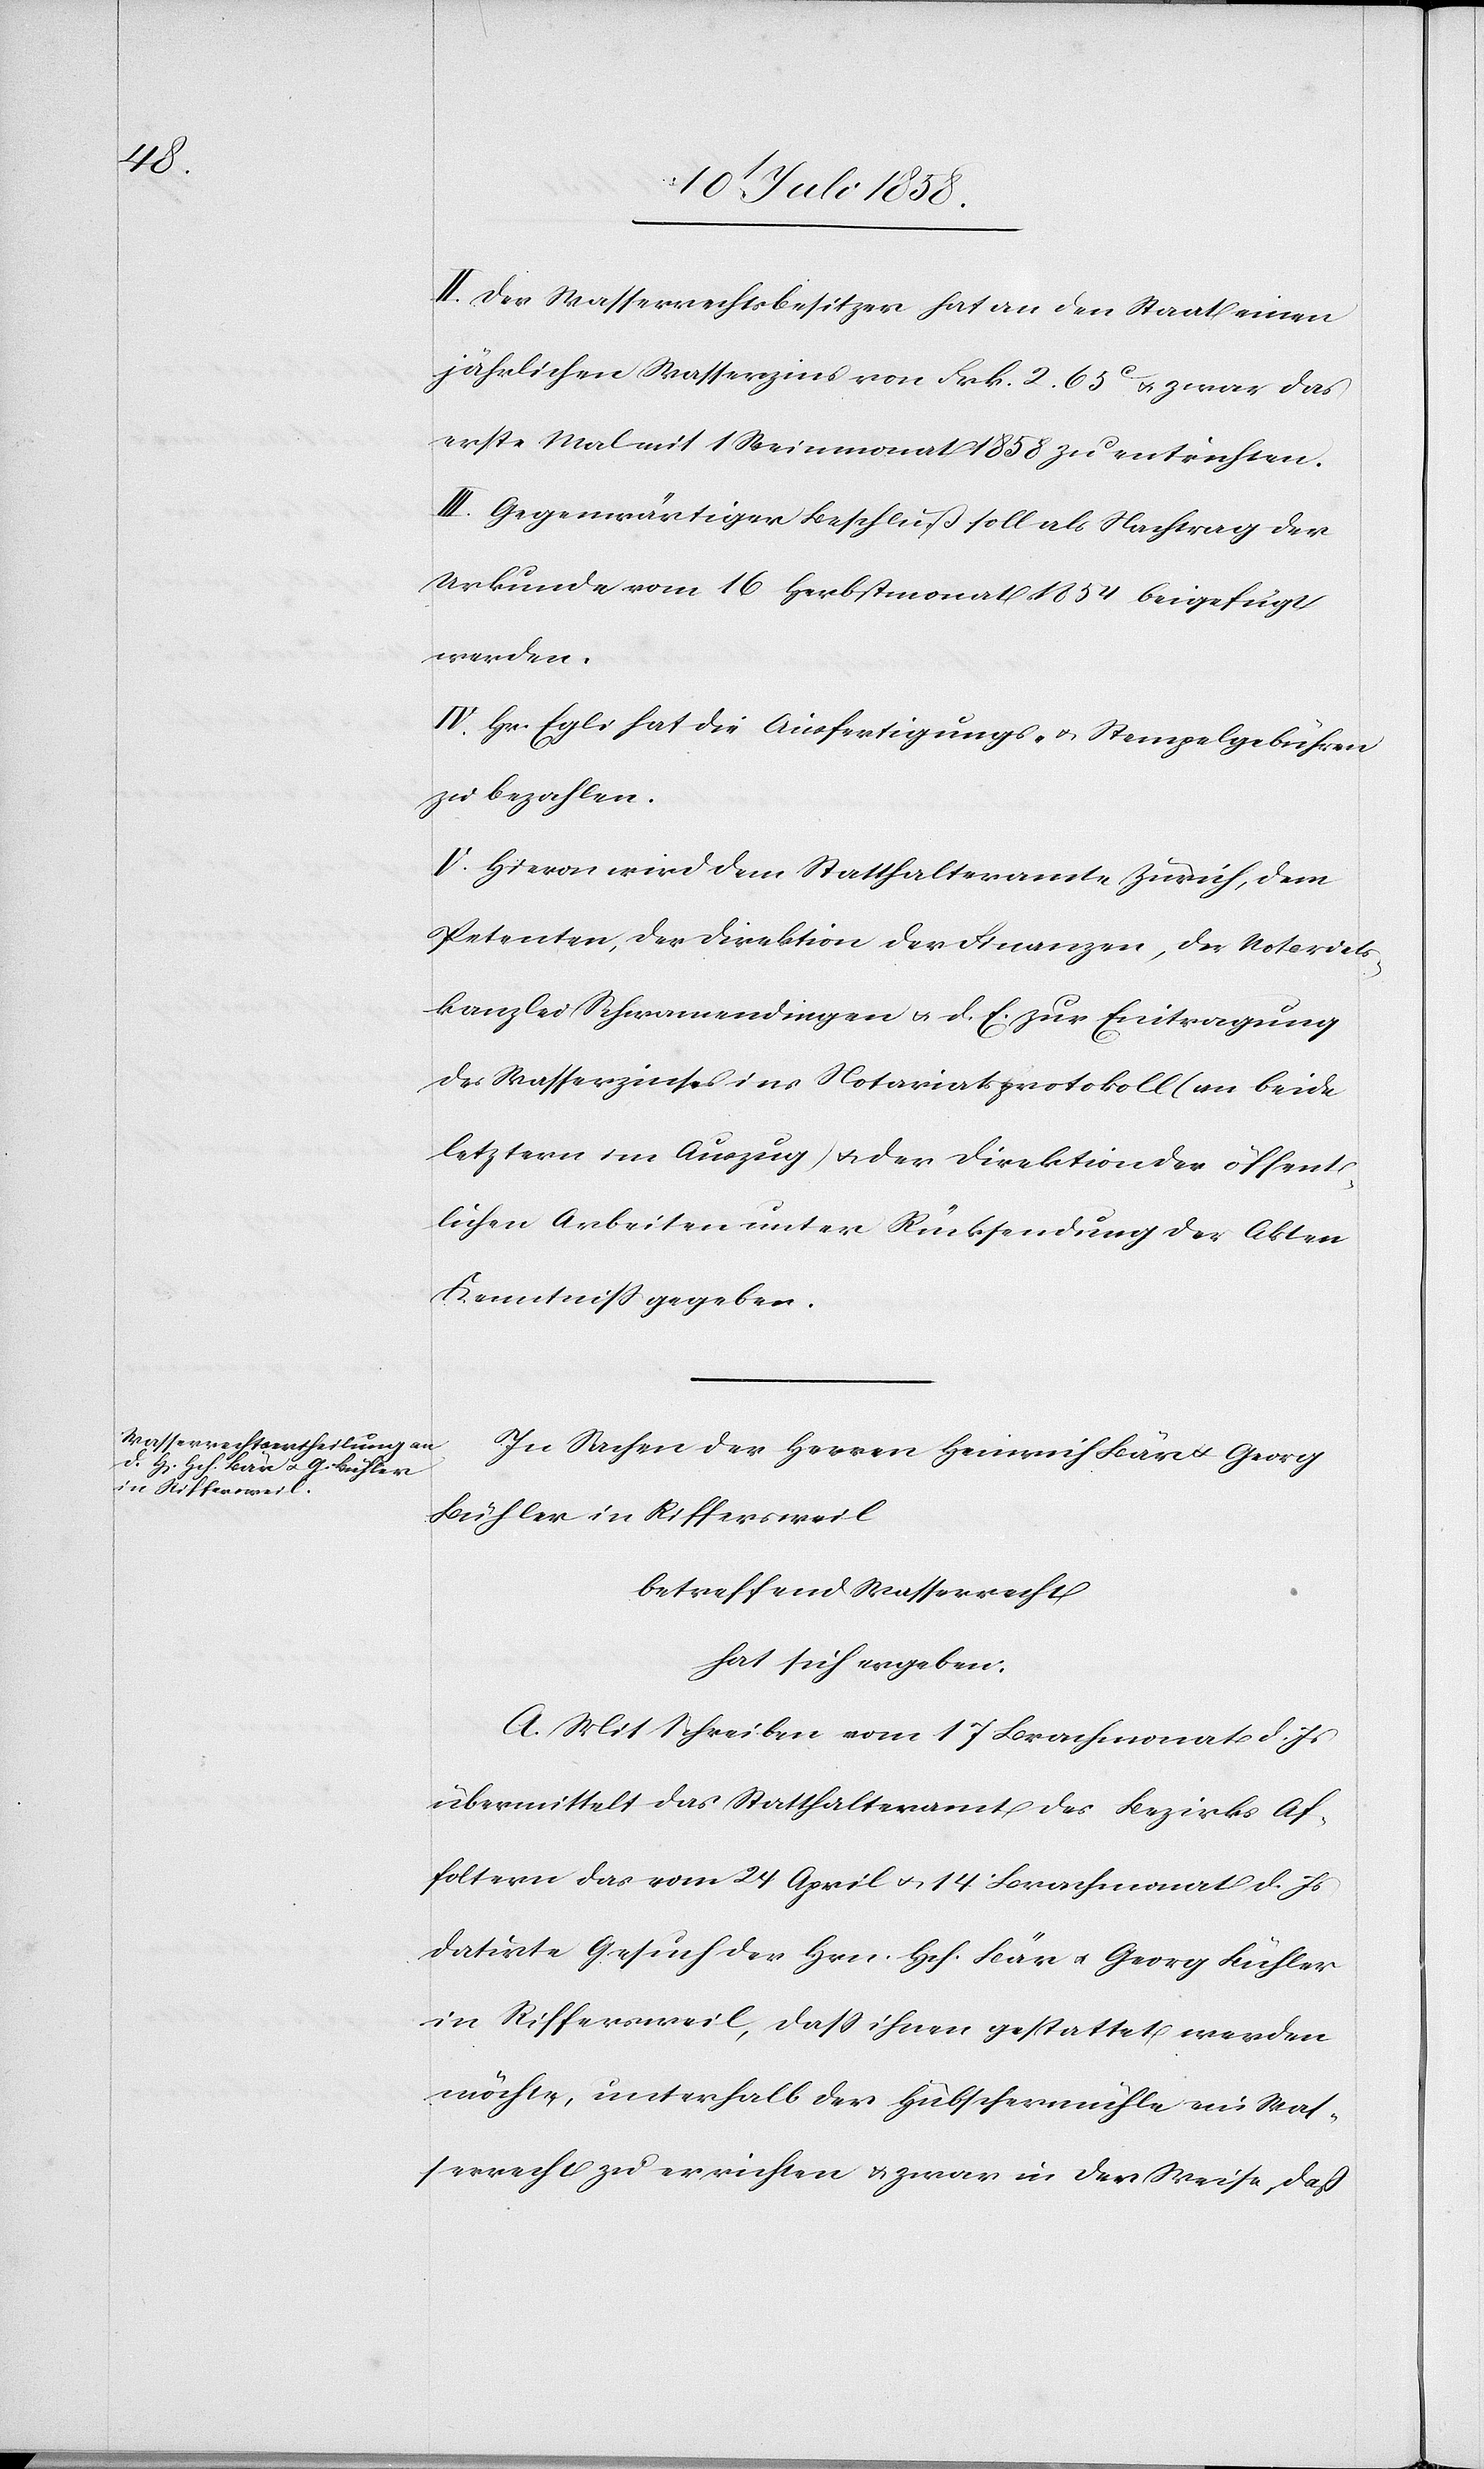
II. Der Wasserrechtsbesitzer hat an den Staat einen
jährlichen Wasserzins von Frk. 2. 65C & zwar das
erste Mal mit 1 Weinmonat 1858 zu entrichten.
III. Gegenwärtiger Beschluß soll als Nachtrag der
Urkunde vom 16 Herbstmonat 1854 beigefügt
werden.
IV. Hr. Egli hat die Ausfertigungs- & Stempelgebühren
zu bezahlen.
V. Hievon wird dem Statthalteramte Zürich, dem
Petenten, der Direktion der Finanzen, der Notariats¬
kanzlei Schwamendingen & d. E. zur Eintragung
des Wasserzinses ins Notariatsprotokoll (an beide
letztern im Auszug) & der Direktion der öffent¬
lichen Arbeiten unter Rücksendung der Akten
Kenntniss gegeben.
In Sachen der Herren Heinrich Bär & Georg
Bühler in Riffersweil
betreffend Wasserrecht
hat sich ergeben:
A. Mit Schreiben vom 17 Brachmonat d. Js
übermittelt das Statthalteramt des Bezirks Af¬
foltern das vom 24 April & 14 Brachmonat d. Js
datirte Gesuch der Hrn. Hch. Bär & Georg Bühler
in Riffersweil, dass ihnen gestattet werden
möchte, unterhalb der Hübschermühle ein Was¬
serrecht zu errichten & zwar in der Weise, daß